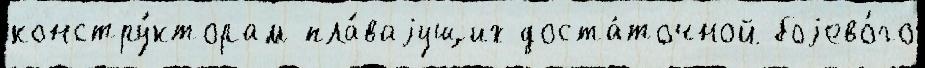
констру́кторам пла́ваjущих доста́точной боjево́го